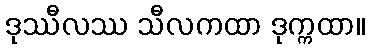
ဒုဿီလဿ သီလကထာ ဒုက္ကထာ။